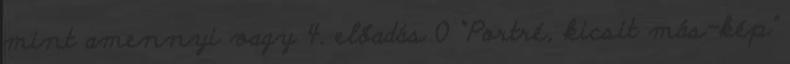
mint amennyi vagy 4. előadás 0 “Portré, kicsit más-kép”